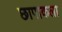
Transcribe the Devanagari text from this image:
छापाकला